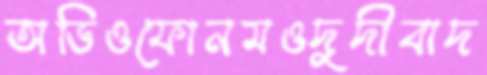
অডিওফোনমওদুদীবাদ